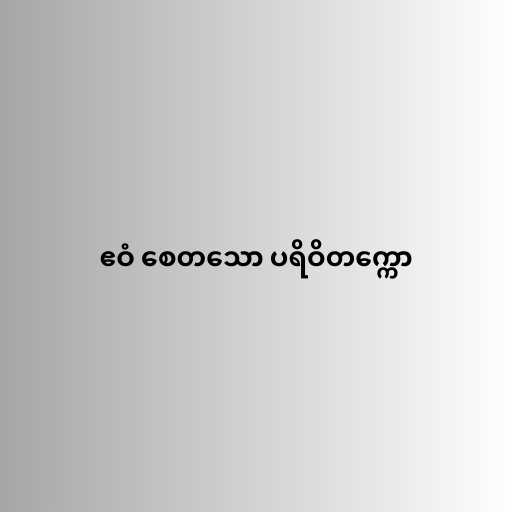
ဧဝံ စေတသော ပရိဝိတက္ကော